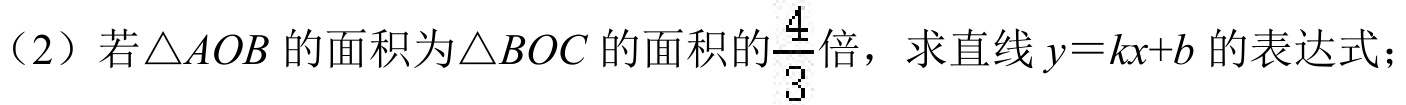
（2）若\(\triangle AOB\) 的面积为\(\triangle BOC\) 的面积的\(\dfrac{4}{3}\)倍，求直线 \(y = kx + b\) 的表达式；